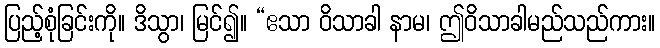
ပြည့်စုံခြင်းကို။ ဒိသွာ၊ မြင်၍။ “ဧသာ ဝိသာခါ နာမ၊ ဤဝိသာခါမည်သည်ကား။